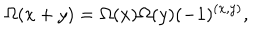
LaTeX: \Omega ( x + y ) = \Omega ( x ) \Omega ( y ) ( - 1 ) ^ { ( x , y ) } ,